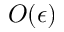
O ( \epsilon )